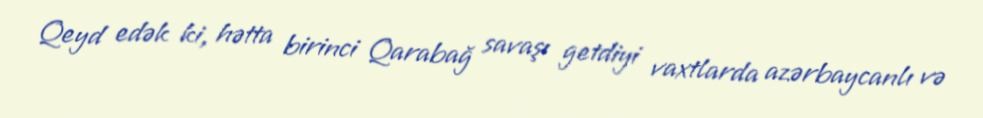
Qeyd edək ki, hətta birinci Qarabağ savaşı getdiyi vaxtlarda azərbaycanlı və